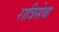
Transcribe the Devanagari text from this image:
रात्रिसेवा